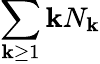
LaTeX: \sum_{\mathbf{k}\geq1}\mathbf{k}N_{\mathbf{k}}